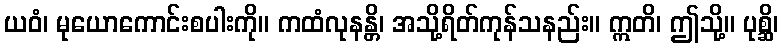
ယဝံ၊ မုယောကောင်းစပါးကို။ ကထံလုနန္တိ၊ အသို့ရိတ်ကုန်သနည်း။ ဣတိ၊ ဤသို့။ ပုစ္ဆိ၊